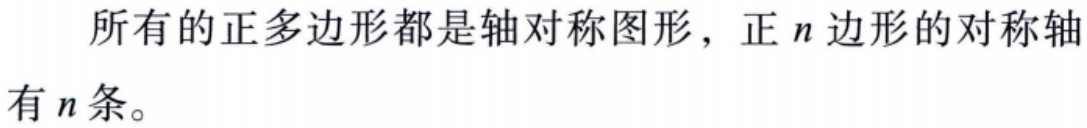
所有的正多边形都是轴对称图形，正\(n\)边形的对称轴有\(n\)条。